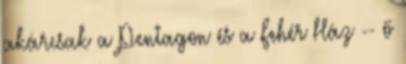
akárcsak a Pentagon és a Fehér Ház -- ő